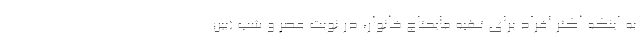
به اینکه اکثر افراد برای تهیه مایحتاج خانوار، در نوبت عصر و شب (بین